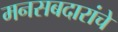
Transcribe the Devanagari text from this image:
मनसबदारांचे